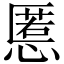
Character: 慝